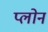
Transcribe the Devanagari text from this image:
प्लोन